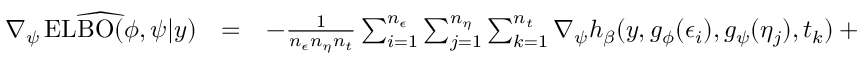
\begin{array} { c c l } { \widehat { \nabla _ { \psi } \operatorname { E L B O } ( \phi , \psi | y ) } } & { = } & { - \frac { 1 } { n _ { \epsilon } n _ { \eta } n _ { t } } \sum _ { i = 1 } ^ { n _ { \epsilon } } \sum _ { j = 1 } ^ { n _ { \eta } } \sum _ { k = 1 } ^ { n _ { t } } \nabla _ { \psi } h _ { \beta } ( y , g _ { \phi } ( \epsilon _ { i } ) , g _ { \psi } ( \eta _ { j } ) , t _ { k } ) + \nabla _ { \psi } \mathbb { H } [ q _ { \psi } ] } \end{array}